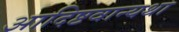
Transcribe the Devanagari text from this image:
आदिष्टवान्यथा